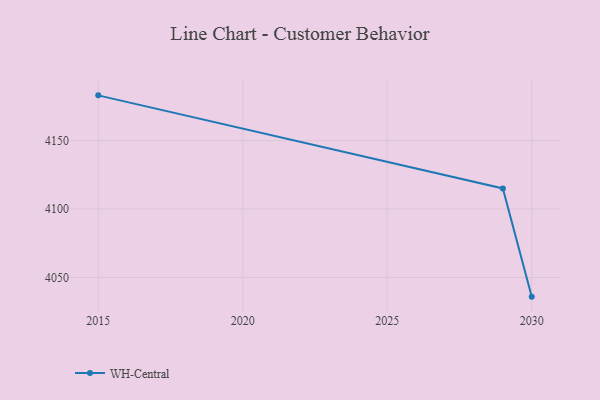
{"axis": {"x": "Year", "y": "Bounce Rate (%)"}, "legend": ["WH-Central"], "data": [{"x": "2030", "y": 4036.0, "type": "WH-Central"}, {"x": "2029", "y": 4115.1, "type": "WH-Central"}, {"x": "2015", "y": 4183.1, "type": "WH-Central"}]}